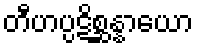
တီဟပ္ပဋိစ္ဆန္နာယော